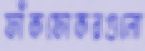
ফাঁকফোকরগুলো